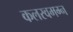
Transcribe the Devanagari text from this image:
कलरवमग्न